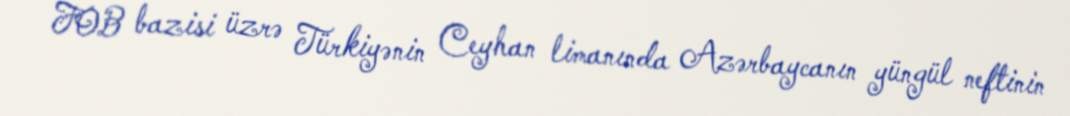
FOB bazisi üzrə Türkiyənin Ceyhan limanında Azərbaycanın yüngül neftinin